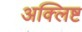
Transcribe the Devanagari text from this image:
अक्लिष्ट